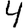
Digit: 4